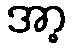
အာ့